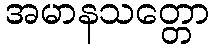
အမာနသတ္တော